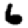
Digit: 6